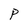
Character: P